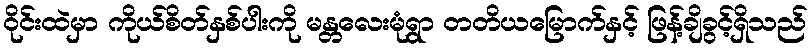
ဝိုင်းထဲမှာ ကိုယ်စိတ်နှစ်ပါးကို မန္တလေးမုံရွာ တတိယမြောက်နှင့် ဖြန့်ချိခွင့်ရှိသည်